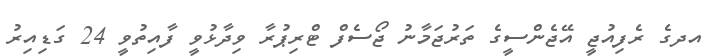
އދގެ ރެފިއުޖީ އޭޖެންސީގެ ތަރުޖަމާނު ޖޯސެފް ޓްރިޕުރާ ވިދާޅުވީ ފާއިތުވީ 24 ގަޑިއިރު